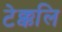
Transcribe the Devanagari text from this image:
टेक्कलि